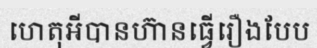
ហេតុអីបានហ៊ានធ្វើរឿងបែប